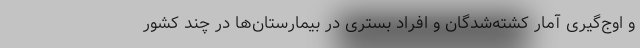
و اوج‌گیری آمار کشته‌شدگان و افراد بستری در بیمارستان‌ها در چند کشور